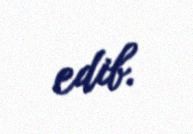
edib.